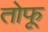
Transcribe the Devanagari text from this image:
तोफू